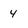
Character: 4